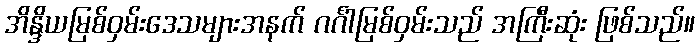
အိန္ဒိယမြစ်ဝှမ်းဒေသများအနက် ဂင်္ဂါမြစ်ဝှမ်းသည် အကြီးဆုံး ဖြစ်သည်။